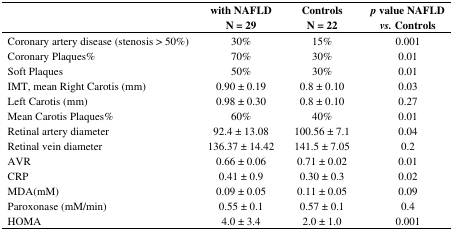
<table><thead><tr><td></td><td><b>with NAFLDN = 29</b></td><td><b>ControlsN = 22</b></td><td><b><i>p</i> value NAFLD<i>vs.</i> Controls</b></td></tr></thead><tbody><tr><td>Coronary artery disease (stenosis &gt; 50%)</td><td>30%</td><td>15%</td><td>0.001</td></tr><tr><td>Coronary Plaques%Soft Plaques</td><td>70%50%</td><td>30%30%</td><td>0.010.01</td></tr><tr><td>IMT, mean Right Carotis (mm)</td><td>0.90 ± 0.19</td><td>0.8 ± 0.10</td><td>0.03</td></tr><tr><td>Left Carotis (mm)</td><td>0.98 ± 0.30</td><td>0.8 ± 0.10</td><td>0.27</td></tr><tr><td>Mean Carotis Plaques%</td><td>60%</td><td>40%</td><td>0.01</td></tr><tr><td>Retinal artery diameter</td><td>92.4 ± 13.08</td><td>100.56 ± 7.1</td><td>0.04</td></tr><tr><td>Retinal vein diameter</td><td>136.37 ± 14.42</td><td>141.5 ± 7.05</td><td>0.2</td></tr><tr><td>AVR</td><td>0.66 ± 0.06</td><td>0.71 ± 0.02</td><td>0.01</td></tr><tr><td>CRP</td><td>0.41 ± 0.9</td><td>0.30 ± 0.3</td><td>0.02</td></tr><tr><td>MDA(mM) </td><td>0.09 ± 0.05</td><td>0.11 ± 0.05</td><td>0.09</td></tr><tr><td>Paroxonase (mM/min)</td><td>0.55 ± 0.1</td><td>0.57 ± 0.1</td><td>0.4</td></tr><tr><td>HOMA</td><td>4.0 ± 3.4 </td><td>2.0 ± 1.0</td><td>0.001</td></tr></tbody></table>